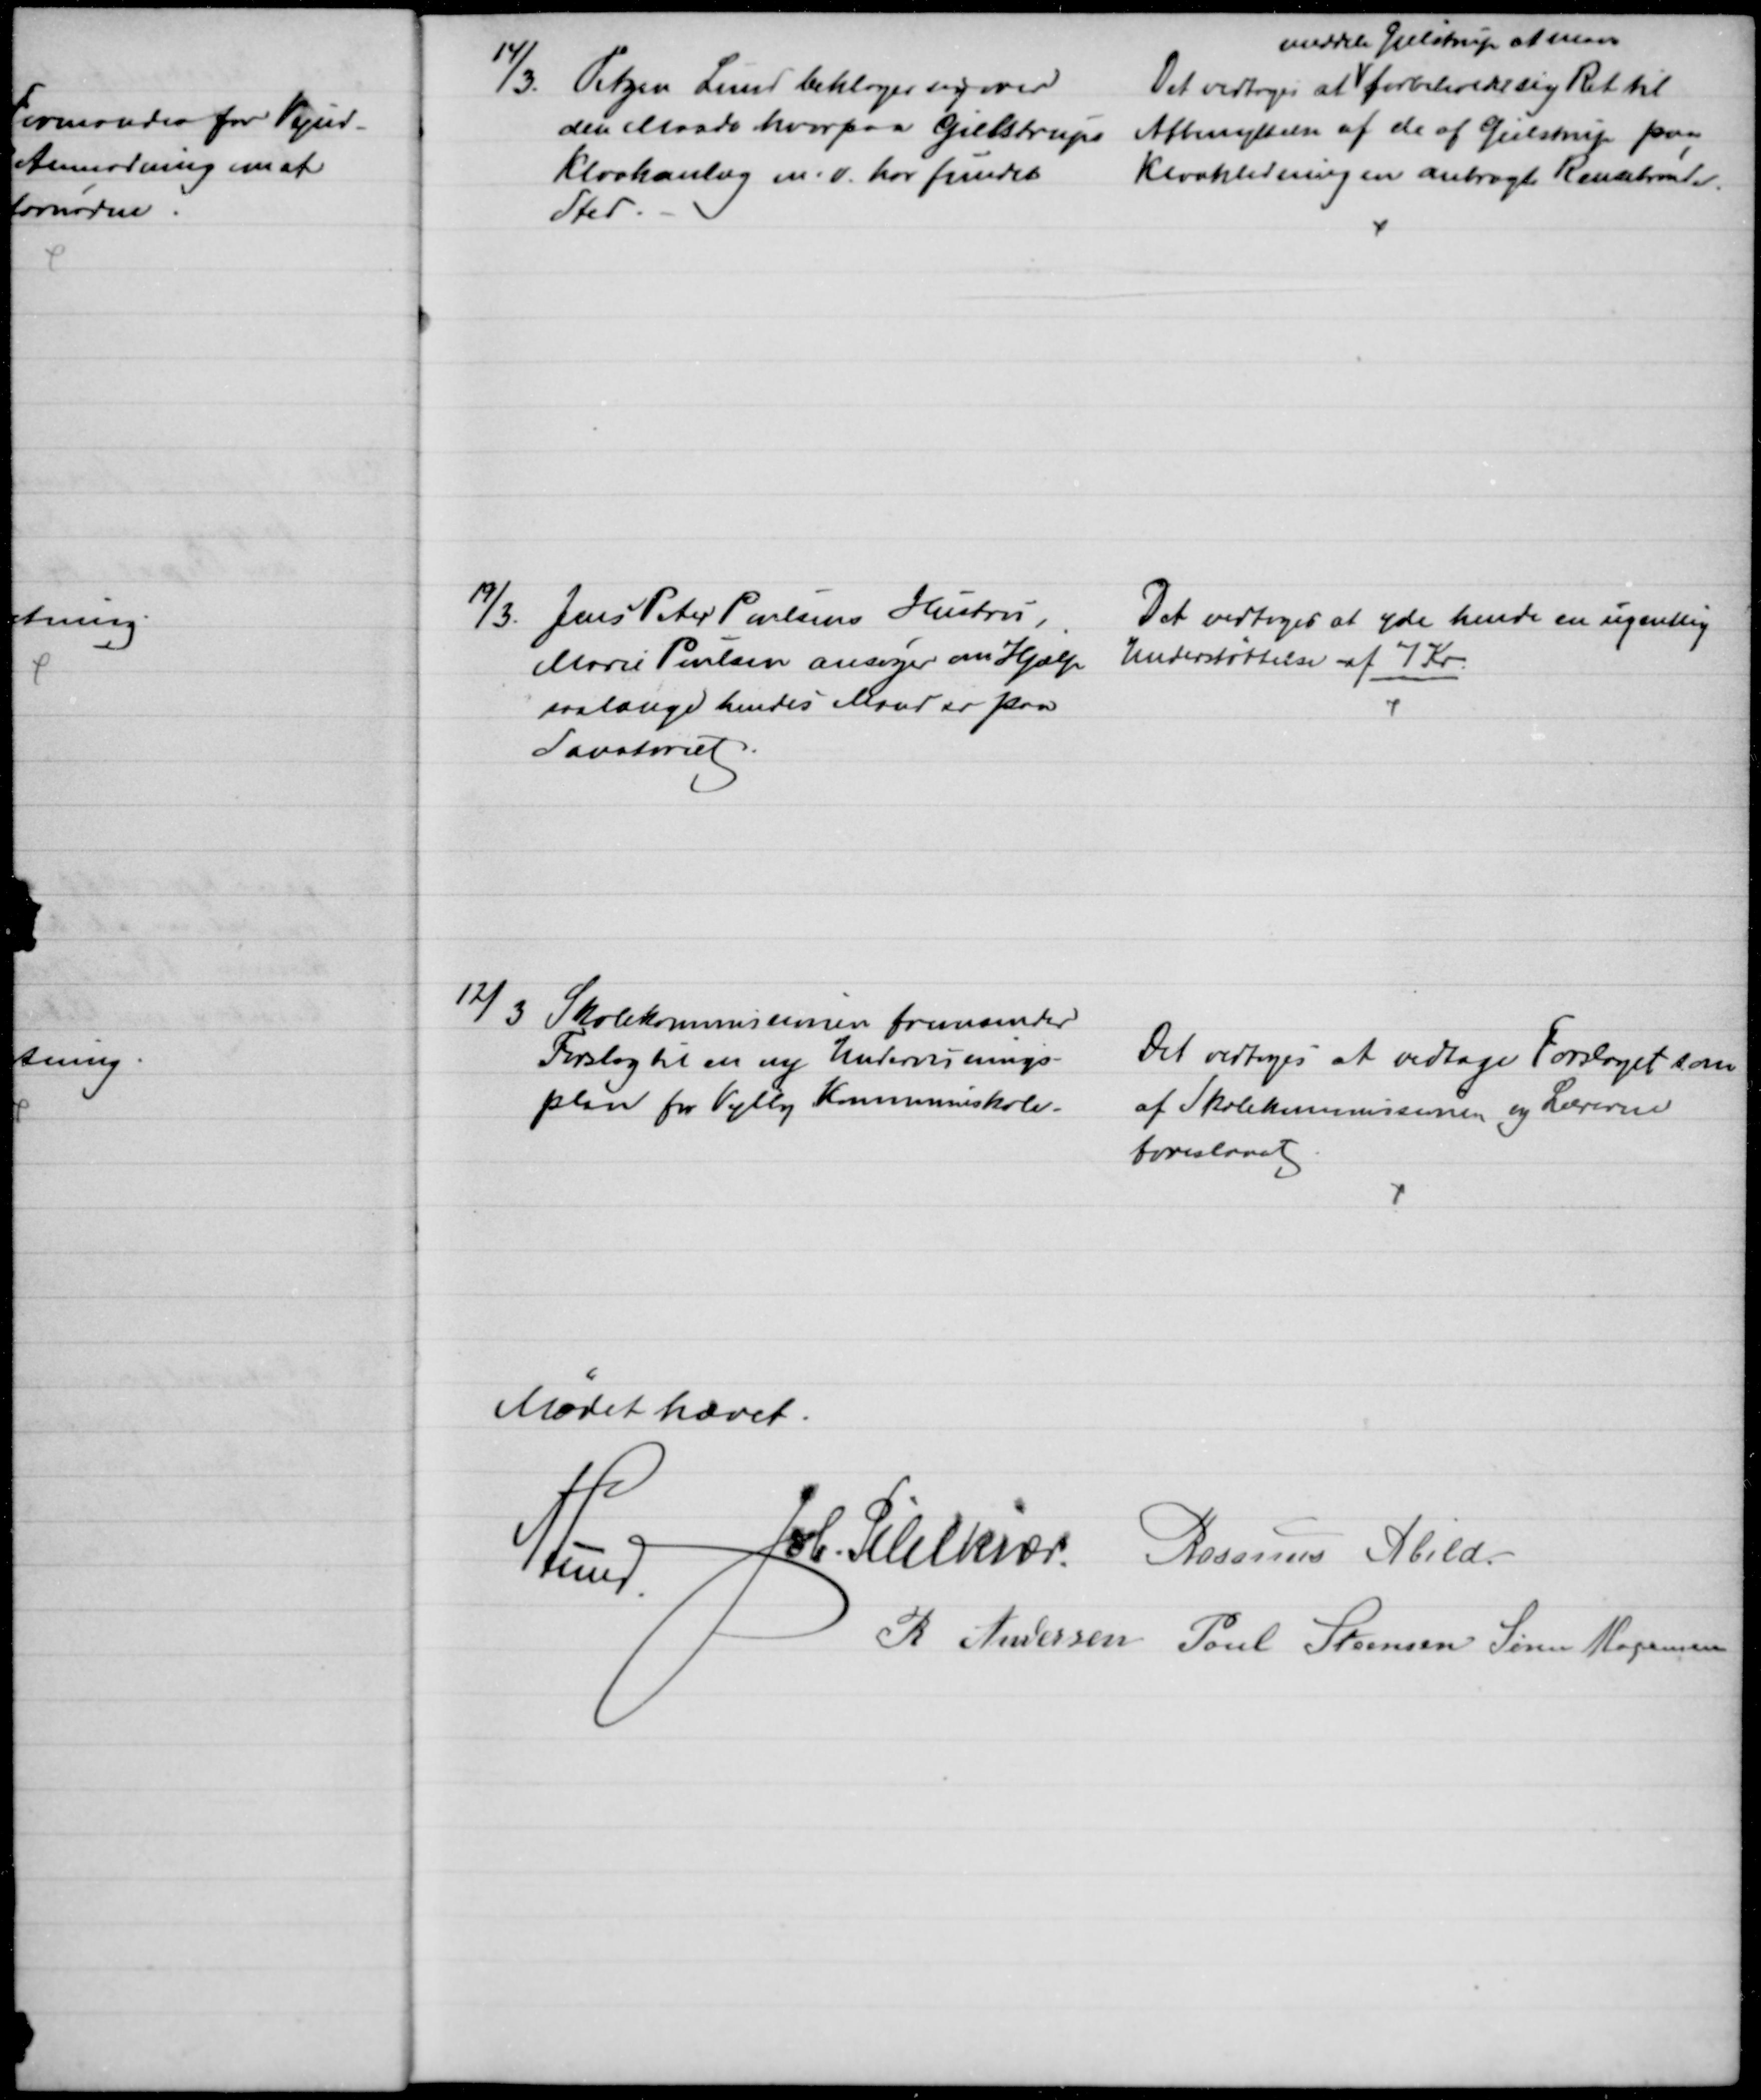
Transskription:
14/3. Tetzen Lund beklager sig over
den Maade hvorpaa Gielstrups
Kloakanlæg m. v. har fundet
Sted.
Det vedtoges at 
meddele Gielstrup at man
forbeholder sig Ret til 
Afbenyttelsen af de af Gielstrup paa
Kloakledningen anbragte Rensebrønde.
19/3. Jens Peter Poulsens Hustru,
Marie Poulsen ansøger om Hjælp
saalænge hendes Mand er paa
Sanatoriet.
Det vedtoges at yde hende en ugentlig
Understøttelse af 7 Kr.
12/3 
Skolekommissionen fremsender
Forslag til en ny Undervisnings-
plan for Vejlby Kommuneskole.
Det vedtoges at vedtage Forslaget som
af Skolekommissionen og Lærerne
foreslaaet
Mødet hævet.
A Lund.
Joh. Pihlkjær. Rasmus Abild.
R. Andersen Poul Steensen Søren Mogensen